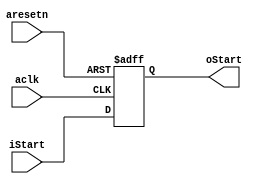
module Delay_1(
	input  aclk,
	input  aresetn,
	input  iStart,
	output oStart
);

reg Start_Delay; // 

always @(posedge aclk or negedge aresetn) begin
    if(!aresetn) begin
        Start_Delay <= 0;
    end
    else begin
        Start_Delay <= iStart;
    end
end

assign oStart = Start_Delay;

endmodule